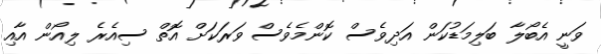
ވަނީ އެބޯލާ ބަލިމަޑުކަން އަދިވެސް ކޮންމެވެސް ވަރަކަށް އޮތް ސިއެރެ ލިއޯން އާއި